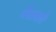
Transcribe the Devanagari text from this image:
बैराकों